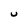
Character: U